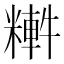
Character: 𥼏